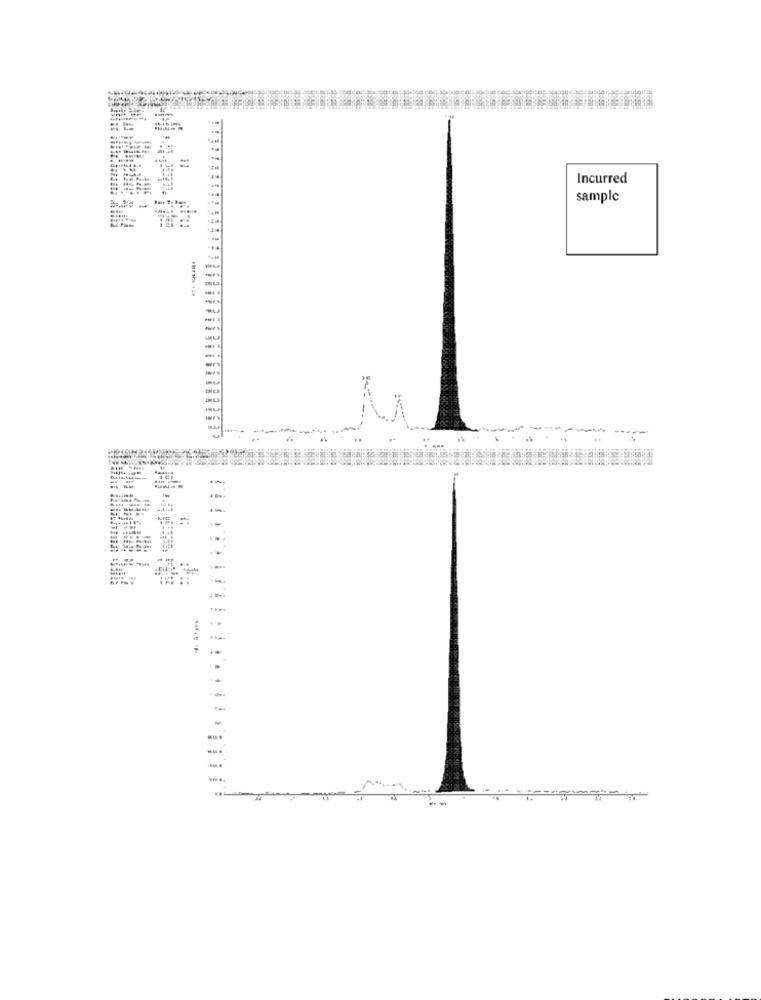
--
----
--
=
Incurred
sample
-
-
-
-
-----
-
.....
7